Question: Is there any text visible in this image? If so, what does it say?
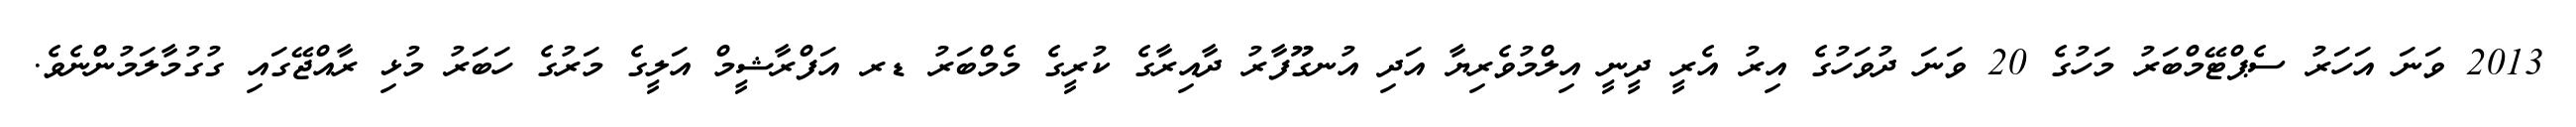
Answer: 2013 ވަނަ އަހަރު ސެޕްޓޭމްބަރު މަހުގެ 20 ވަނަ ދުވަހުގެ އިރު އެރީ ދީނީ އިލްމުވެރިޔާ އަދި އުނގޫފާރު ދާއިރާގެ ކުރީގެ މެމްބަރު ޑރ އަފްރާޝީމް އަލީގެ މަރުގެ ހަބަރު މުޅި ރާއްޖޭގައި ގުގުމާލަމުންނެވެ.